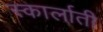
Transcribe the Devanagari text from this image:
स्कार्लाती